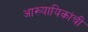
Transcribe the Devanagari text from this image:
आख्यायिकांची